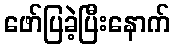
ဖော်ပြခဲ့ပြီးနောက်